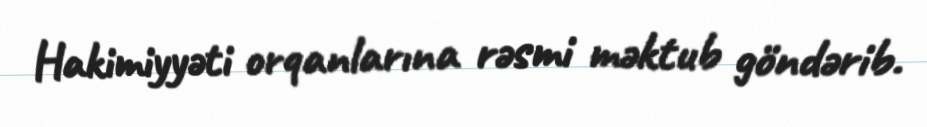
Hakimiyyəti orqanlarına rəsmi məktub göndərib.